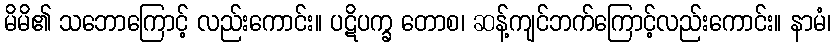
မိမိ၏ သဘောကြောင့် လည်းကောင်း။ ပဋိပက္ခ တောစ၊ ဆန့်ကျင်ဘက်ကြောင့်လည်းကောင်း။ နာမံ၊